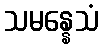
သမန္နေသံ